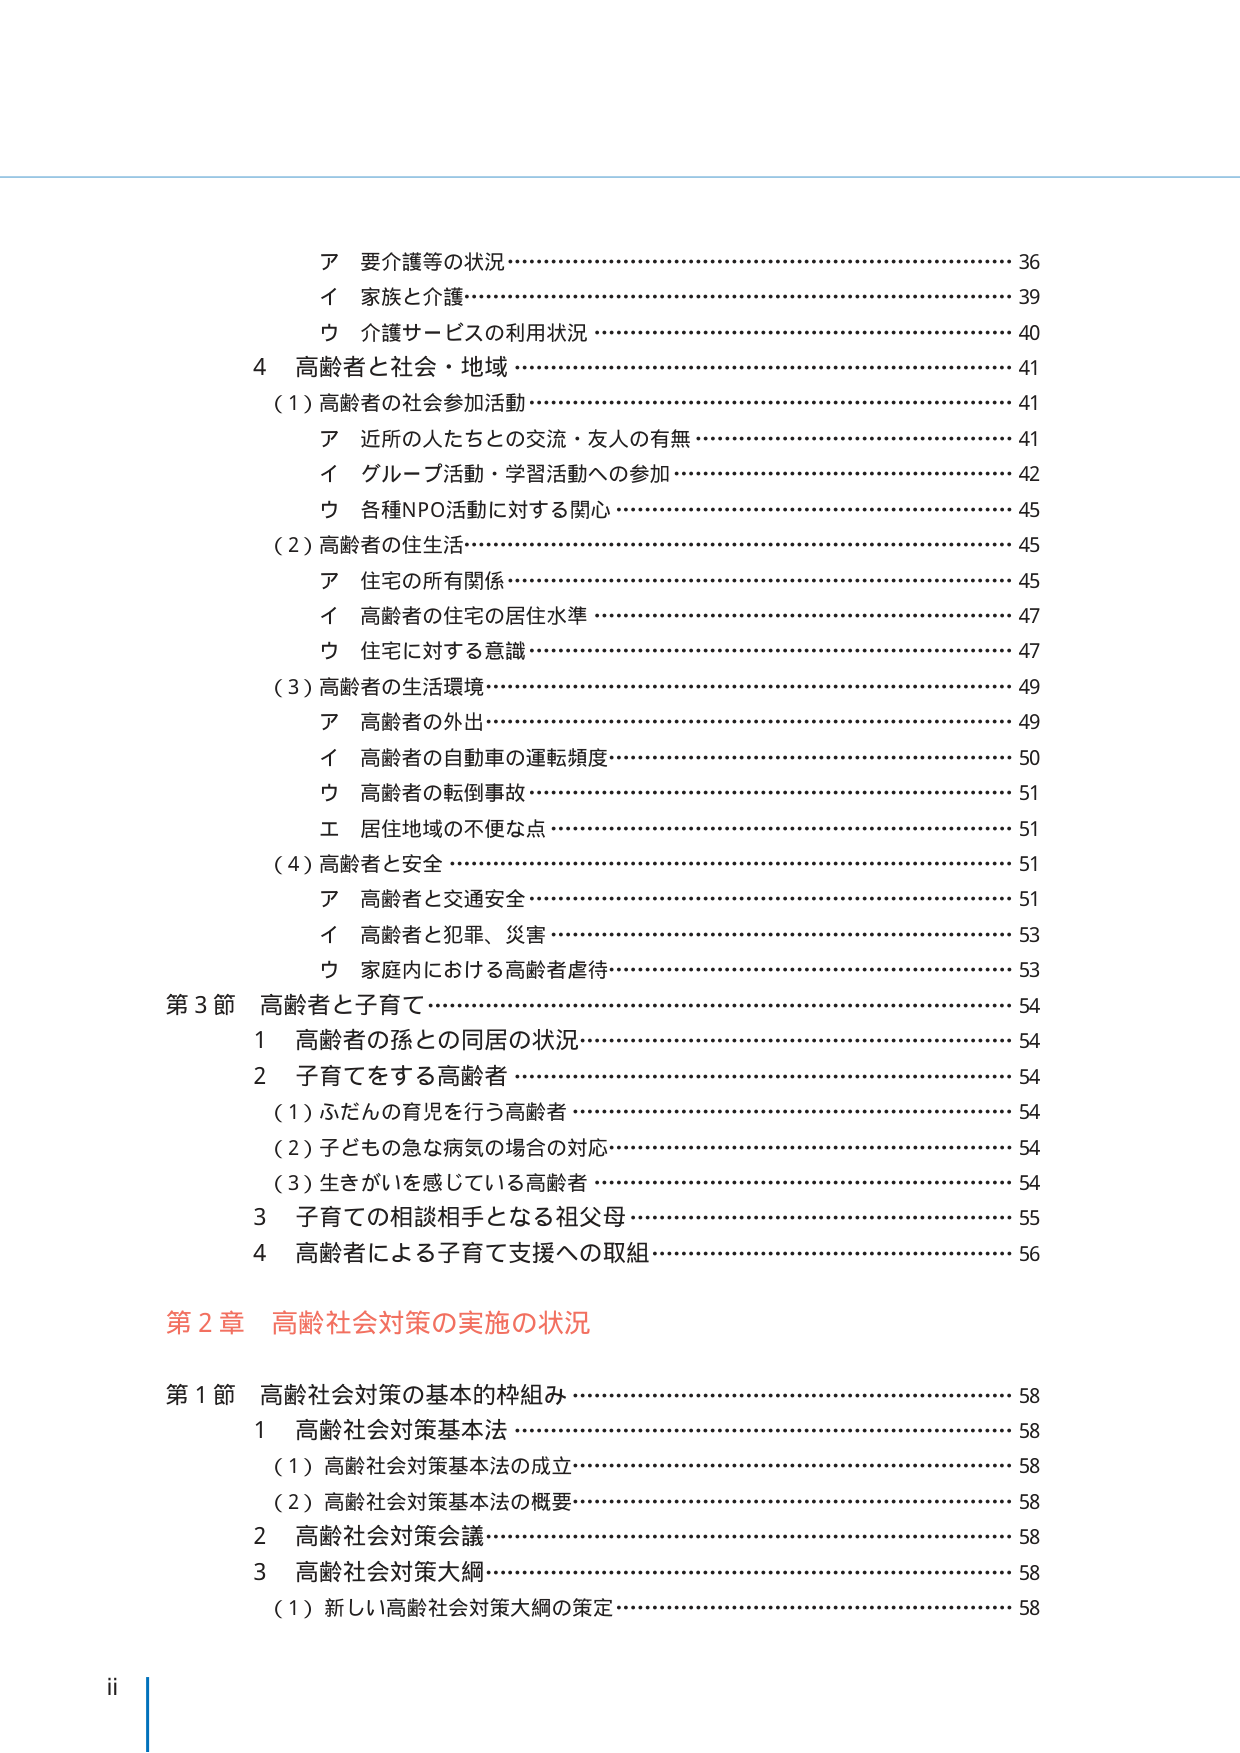
ア 要介護等の状況…………………………………………………………… 36
イ 家族と介護………………………………………………………………… 39
ウ 介護サービスの利用状況 ……………………………………………… 40
4 高齢者と社会・地域 ……………………………………………………… 41
（1）高齢者の社会参加活動 ……………………………………………… 41
　ア 近所の人たちとの交流・友人の有無 ……………………………… 41
　イ グループ活動・学習活動への参加 ………………………………… 42
　ウ 各種NPO活動に対する関心 ………………………………………… 45
（2）高齢者の住生活………………………………………………………… 45
　ア 住宅の所有関係………………………………………………………… 45
　イ 高齢者の住宅の居住水準 …………………………………………… 47
　ウ 住宅に対する意識 …………………………………………………… 47
（3）高齢者の生活環境……………………………………………………… 49
　ア 高齢者の外出…………………………………………………………… 49
　イ 高齢者の自動車の運転頻度………………………………………… 50
　ウ 高齢者の転倒事故 …………………………………………………… 51
　エ 居住地域の不便な点 ………………………………………………… 51
（4）高齢者と安全 …………………………………………………………… 51
　ア 高齢者と交通安全 …………………………………………………… 51
　イ 高齢者と犯罪、災害 ………………………………………………… 53
　ウ 家庭内における高齢者虐待 ………………………………………… 53
第3節 高齢者と子育て……………………………………………………… 54
　1 高齢者の孫との同居の状況…………………………………………… 54
　2 子育てをする高齢者 …………………………………………………… 54
　　（1）ふだんの育児を行う高齢者 ……………………………………… 54
　　（2）子どもの急な病気の場合の対応 ………………………………… 54
　　（3）生きがいを感じている高齢者 …………………………………… 54
　3 子育ての相談相手となる祖父母 ……………………………………… 55
　4 高齢者による子育て支援への取組 …………………………………… 56
第2章 高齢社会対策の実施の状況
第1節 高齢社会対策の基本的枠組み …………………………………… 58
　1 高齢社会対策基本法 …………………………………………………… 58
　　（1）高齢社会対策基本法の成立 ……………………………………… 58
　　（2）高齢社会対策基本法の概要 ……………………………………… 58
　2 高齢社会対策会議 ……………………………………………………… 58
　3 高齢社会対策大綱 ……………………………………………………… 58
　　（1）新しい高齢社会対策大綱の策定 ………………………………… 58
ii